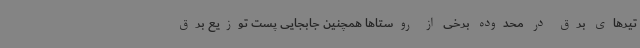
تیرهای برق در محدوده برخی از روستاها همچنین جابجایی پست توزیع برق